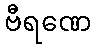
ဗီရဏေ